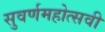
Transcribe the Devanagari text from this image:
सुवर्णमहोत्‍सवी